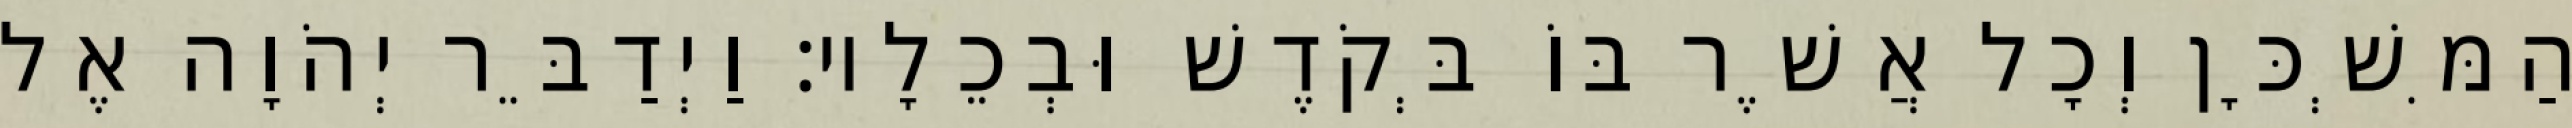
הַמִּשְׁכָּן וְכָל אֲשֶׁר בּוֹ בְּקֹדֶשׁ וּבְכֵלָיו׃ וַיְדַבֵּר יְהֹוָה אֶל